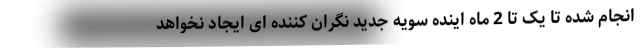
انجام شده تا یک تا 2 ماه اینده سویه جدید نگران کننده ای ایجاد نخواهد